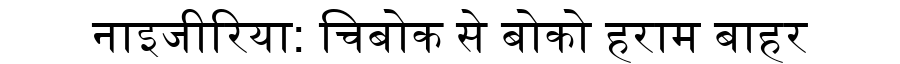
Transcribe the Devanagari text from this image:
नाइजीरिया: चिबोक से बोको हराम बाहर